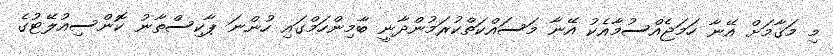
މި މަޤާމަށް އޭނާ ހަމަޖެއްސުމާއެކު އޭނާ މަސައްކަތްކުރަމުންދާނީ ބާމިންހަމްގައި ހުންނަ ޕާކިސްތާނު ކޮންސިއުލޭޓުގެ